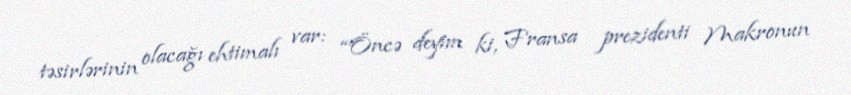
təsirlərinin olacağı ehtimalı var: “Öncə deyim ki, Fransa prezidenti Makronun